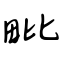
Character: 毗